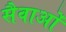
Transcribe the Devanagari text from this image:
सैवाओं